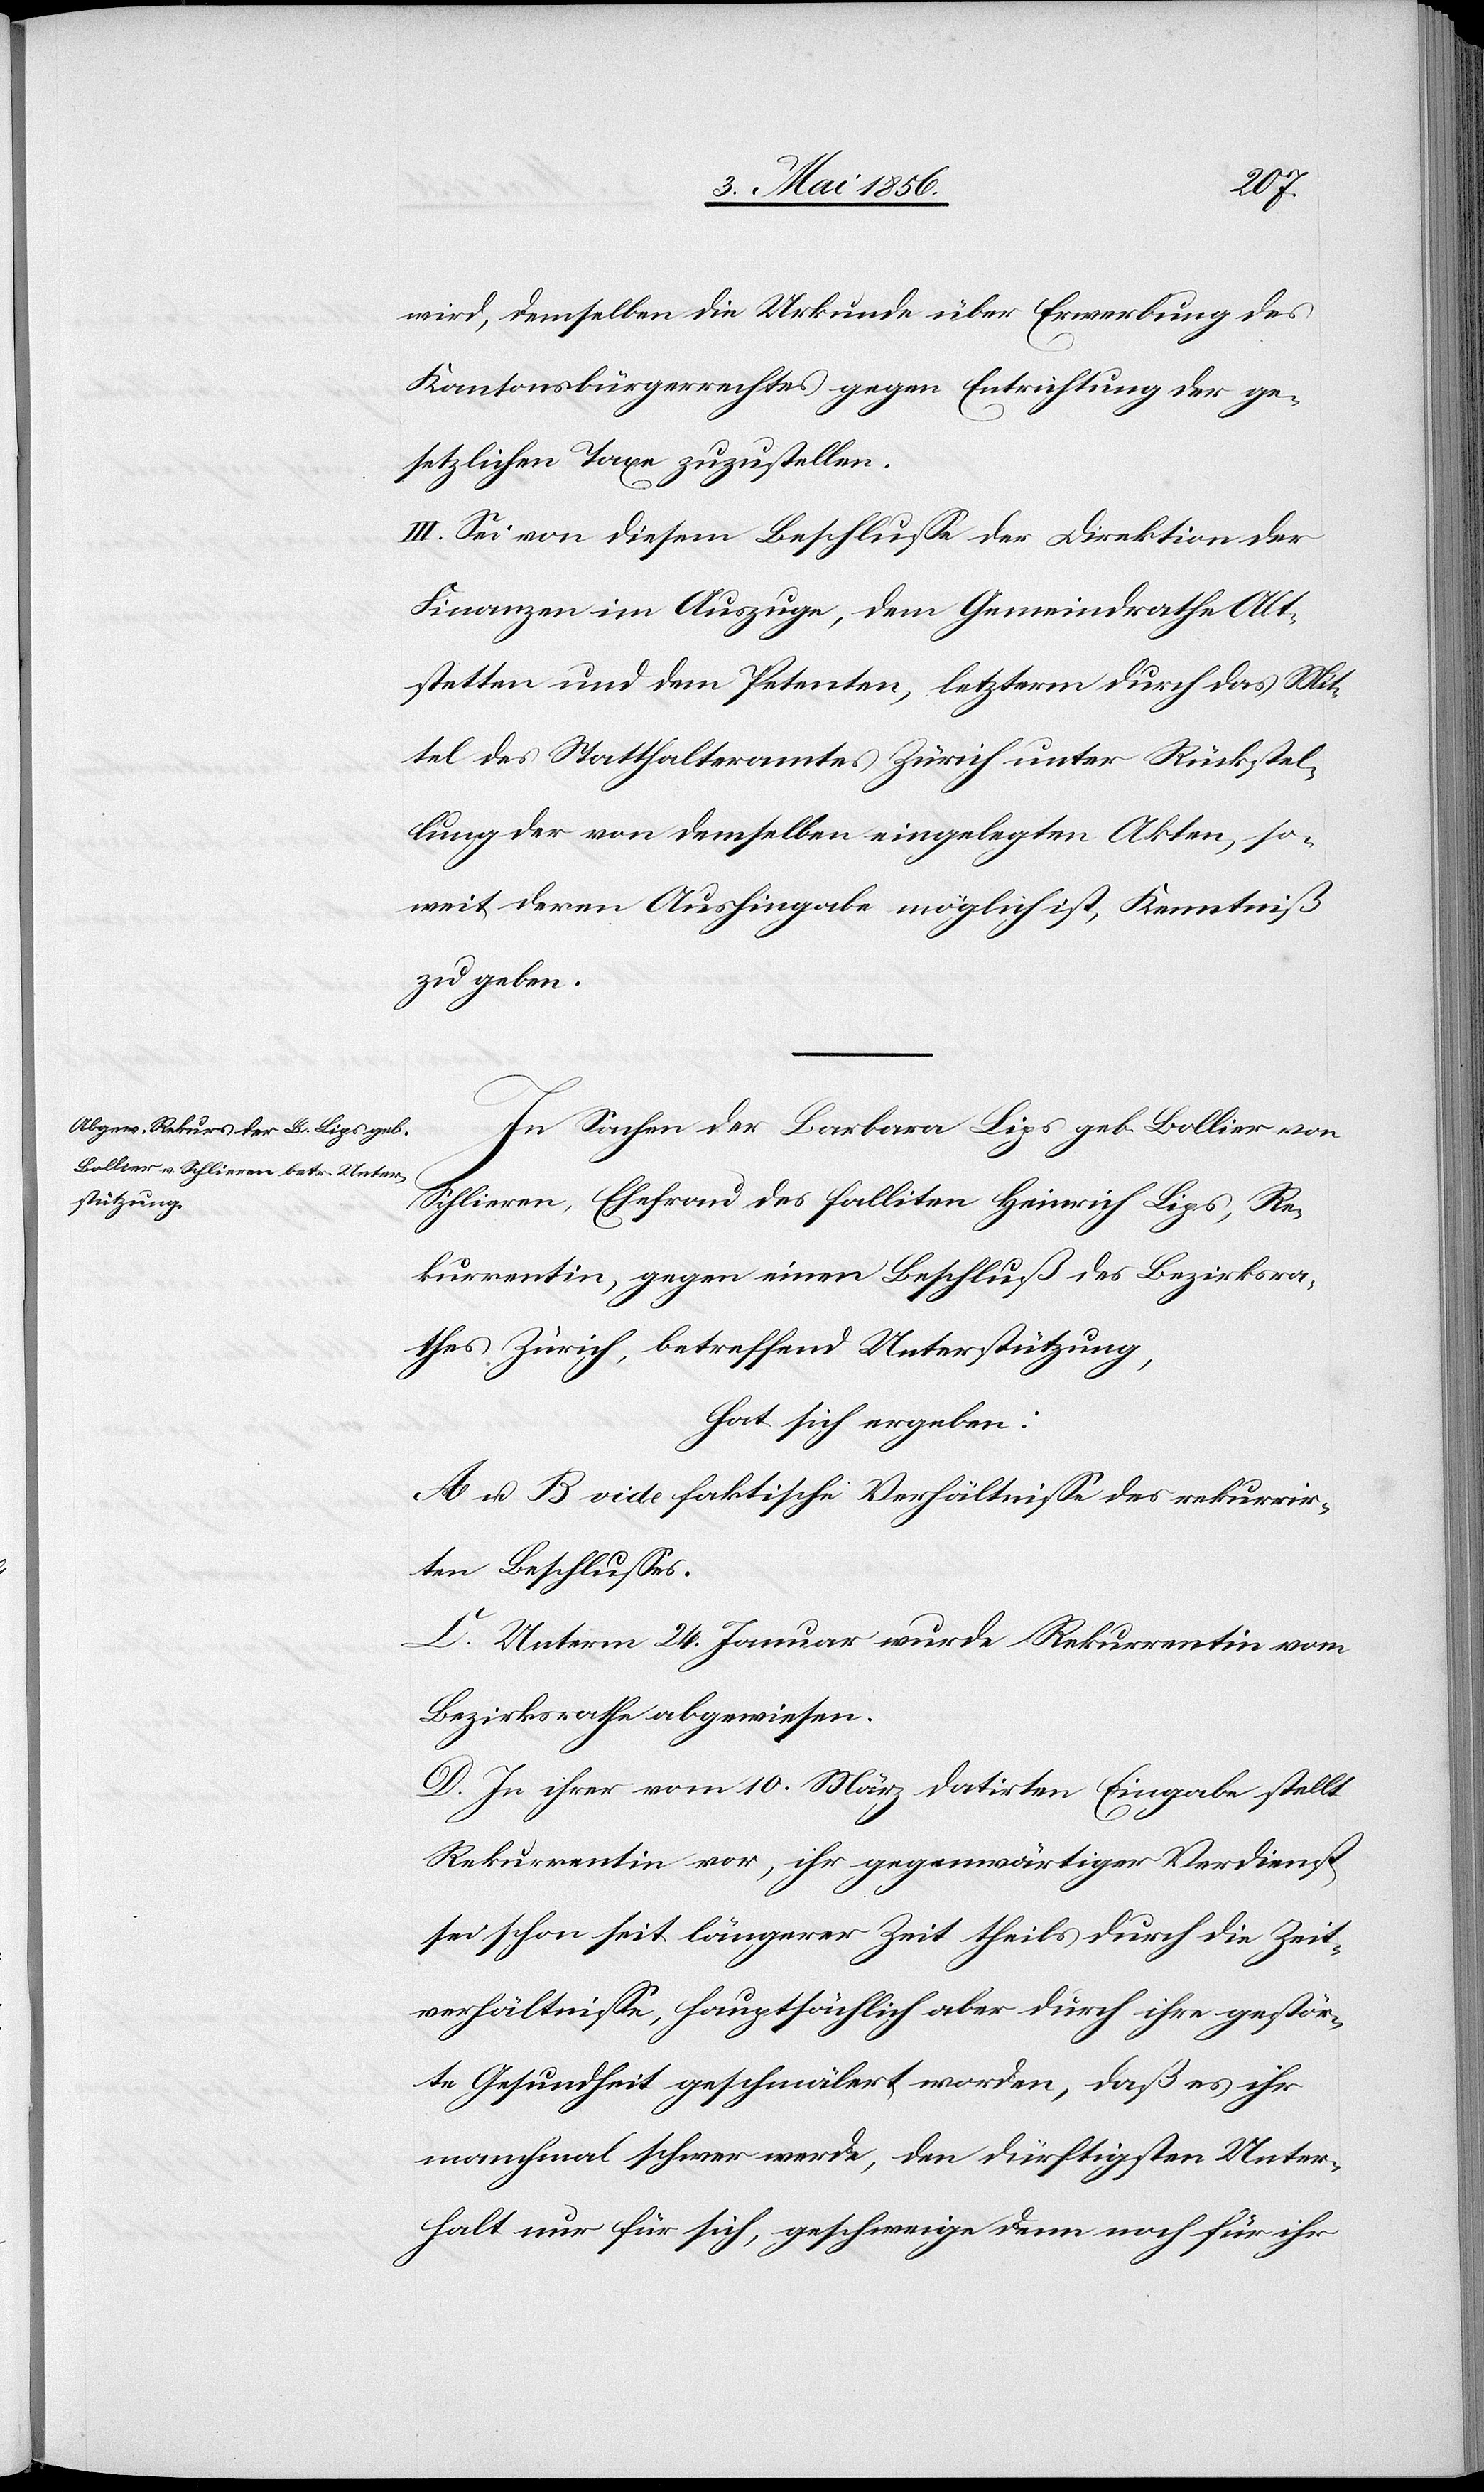
wird, demselben die Urkunde über Erwerbung des
Kantonsbürgerrechtes gegen Entrichtung der ge¬
setzlichen Taxe zuzustellen.
III. Sei von diesem Beschlusse der Direktion der
Finanzen im Auszuge, dem Gemeindrathe Alt¬
stetten und dem Petenten, letzterm durch das Mit¬
tel des Statthalteramtes Zürich unter Rückstel¬
lung der von demselben eingelegten Akten, so¬
weit deren Aushingabe möglich ist, Kenntniß
zu geben.
In Sachen der Barbara Lips geb. Bollier von
Schlieren, Ehefrau des falliten Heinrich Lips, Re¬
kurrentin, gegen einen Beschluß des Bezirksra¬
thes Zürich, betreffend Unterstützung,
hat sich ergeben:
A u. B[.] vide faktische Verhältnisse des rekurrir¬
ten Beschlusses.
C. Unterm 24. Januar wurde Rekurrentin vom
Bezirksrathe abgewiesen.
D. In ihrer vom 10. März datirten Eingabe stellt
Rekurrentin vor, ihr gegenwärtiger Verdienst
sei schon seit längerer Zeit theils durch die Zeit¬
verhältnisse, hauptsächlich aber durch ihre gestör¬
te Gesundheit geschmälert worden, daß es ihr
manchmal schwer werde, den dürftigsten Unter¬
halt nur für sich, geschweige denn noch für ihr